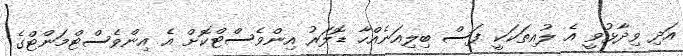
އަދި ވިދާޅުވީ އެެ ލުއިތަކަކީ ފަސް ބިލިއަނެއްހާ ޑޮލަރު އިންވެސްޓްކޮށް އެ އިންވެސްޓްމަންޓްގެ